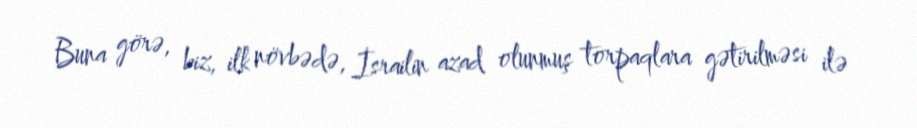
Buna görə, biz, ilk növbədə, İsrailin azad olunmuş torpaqlara gətirilməsi ilə